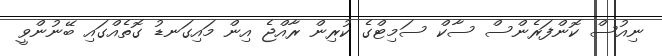
ނިއުސް ކޮންފަރެންސް ސާކް ސަމިޓްގެ ކުރިން ރާއްޖެ އިން މައިގަނޑު ގޮތެއްގައި ބޭނުންވީ